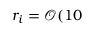
r _ { i } = \mathcal { O } ( 1 0